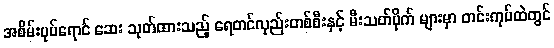
အစိမ်းပုပ်ရောင် ဆေး သုတ်ထားသည့် ရေတင်လှည်းတစ်စီးနှင့် မီးသတ်ပိုက် များမှာ တင်းကုပ်ထဲတွင်